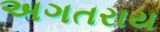
અગતરાય